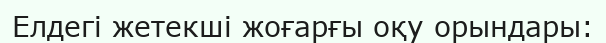
Елдегі жетекші жоғарғы оқу орындары: